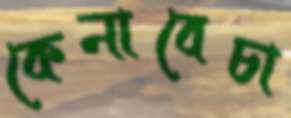
কেনাবেচা